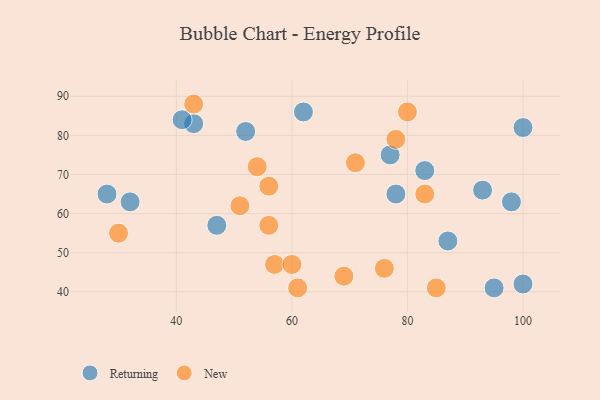
{"axis": {"x": "GDP", "y": "Life Expectancy"}, "legend": ["New", "Returning"], "data": [{"x": "43", "y": 83, "type": "Returning"}, {"x": "52", "y": 81, "type": "Returning"}, {"x": "100", "y": 82, "type": "Returning"}, {"x": "98", "y": 63, "type": "Returning"}, {"x": "87", "y": 53, "type": "Returning"}, {"x": "77", "y": 75, "type": "Returning"}, {"x": "93", "y": 66, "type": "Returning"}, {"x": "83", "y": 71, "type": "Returning"}, {"x": "47", "y": 57, "type": "Returning"}, {"x": "95", "y": 41, "type": "Returning"}, {"x": "62", "y": 86, "type": "Returning"}, {"x": "41", "y": 84, "type": "Returning"}, {"x": "78", "y": 65, "type": "Returning"}, {"x": "32", "y": 63, "type": "Returning"}, {"x": "100", "y": 42, "type": "Returning"}, {"x": "28", "y": 65, "type": "Returning"}, {"x": "69", "y": 44, "type": "New"}, {"x": "57", "y": 47, "type": "New"}, {"x": "43", "y": 88, "type": "New"}, {"x": "60", "y": 47, "type": "New"}, {"x": "71", "y": 73, "type": "New"}, {"x": "85", "y": 41, "type": "New"}, {"x": "51", "y": 62, "type": "New"}, {"x": "54", "y": 72, "type": "New"}, {"x": "56", "y": 67, "type": "New"}, {"x": "76", "y": 46, "type": "New"}, {"x": "80", "y": 86, "type": "New"}, {"x": "61", "y": 41, "type": "New"}, {"x": "78", "y": 79, "type": "New"}, {"x": "56", "y": 57, "type": "New"}, {"x": "83", "y": 65, "type": "New"}, {"x": "30", "y": 55, "type": "New"}]}